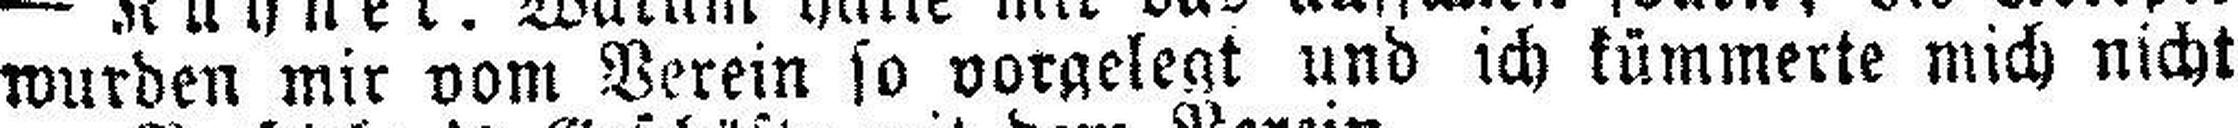
wurden mir vom Verein so vorgelegt und ich kümmerte mich nicht